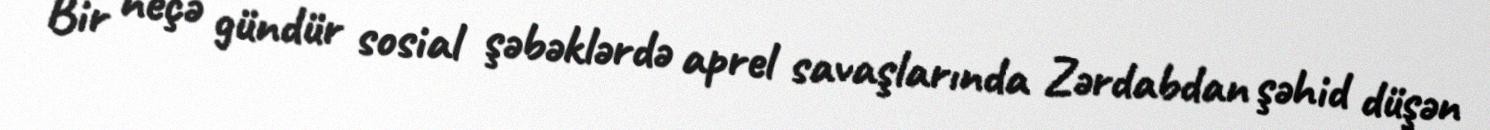
Bir neçə gündür sosial şəbəklərdə aprel savaşlarında Zərdabdan şəhid düşən